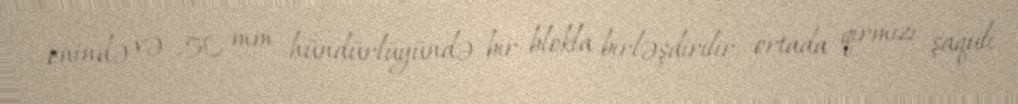
enində və 50 mm hündürlüyündə bir blokla birləşdirilir, ortada qırmızı şaquli